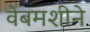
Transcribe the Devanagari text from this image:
वेबमशीने